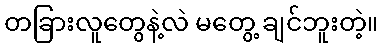
တခြားလူတွေနဲ့လဲ မတွေ့ ချင်ဘူးတဲ့။